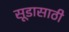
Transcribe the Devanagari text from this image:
सूडासाठी